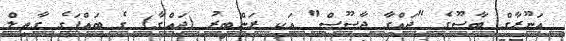
އަނޫރާގް ބާސޫގެ "ޖައްގާ ޖާސޫސް" އަކީ ރަންބީރު (ޖައްގާ) ގެ ބައްޕަގެ ގާތިލް